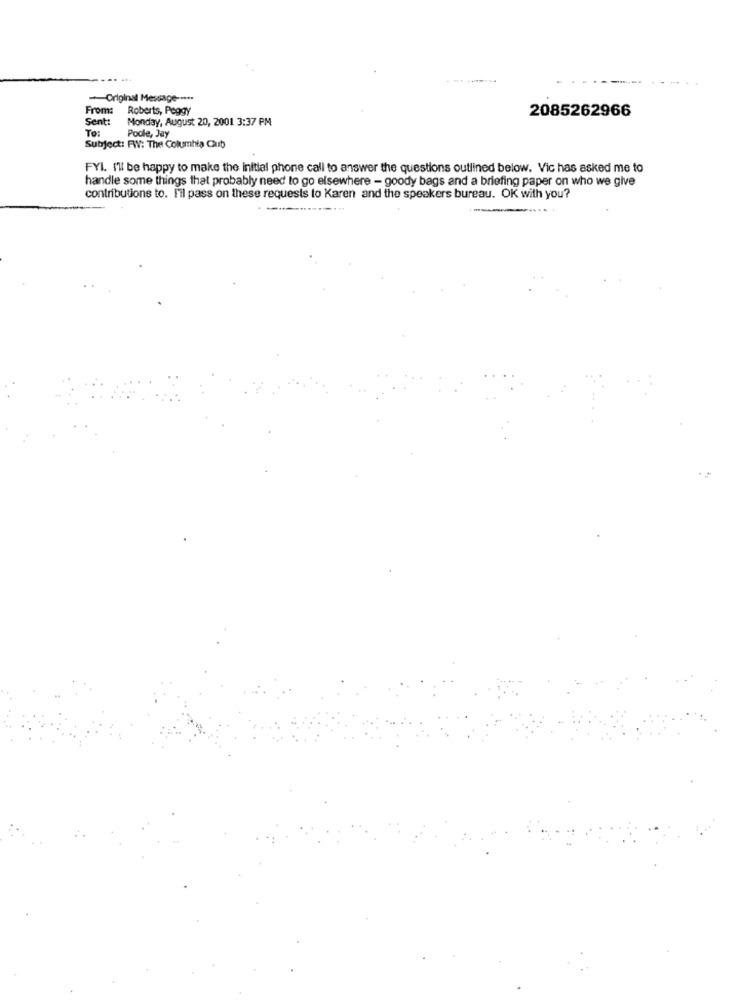
-Original Message --***
From:
Roberts, Peggy
2085262966
Sent:
Monday, August 20, 2001 3:37 PM
To:
Podle, Jay
Subject: FW: The Columbia Cub
FYI. I'll be happy to make the initial phone call to answer the questions outlined below. Vic has asked me to
handle some things that probably need to go elsewhere - goody bags and a briefing paper on who we give
contributions to. Fil pass on these requests to Karen and the speakers bureau. OK with you?